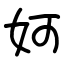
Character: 妸